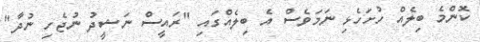
ކޮންމެ ބިލެއް ހުށަހެޅި ނަމަވެސް އެ ބިލެއްގައި "ރައީސް ނަޝީދު ނުޖެހި ނުދާ"